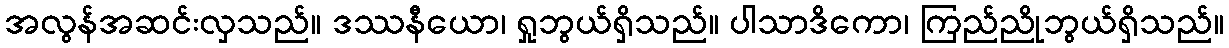
အလွန်အဆင်းလှသည်။ ဒဿနီယော၊ ရှုဘွယ်ရှိသည်။ ပါသာဒိကော၊ ကြည်ညိုဘွယ်ရှိသည်။